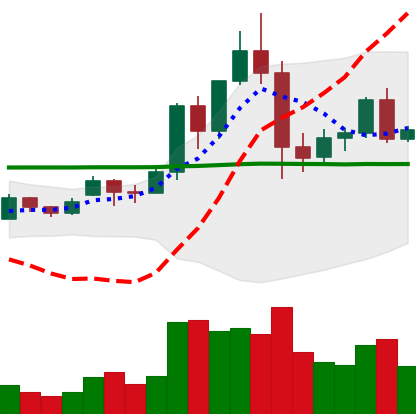
Ticker: EOS-USD
Chart end date: 2020-12-02
Forward return: -3.51%
Label: down_3_5